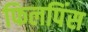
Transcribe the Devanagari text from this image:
फिलपिंस